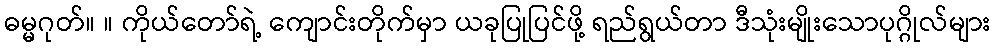
ဓမ္မဂုတ်။ ။ ကိုယ်တော်ရဲ့ ကျောင်းတိုက်မှာ ယခုပြုပြင်ဖို့ ရည်ရွယ်တာ ဒီသုံးမျိုးသောပုဂ္ဂိုလ်များ